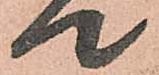
て